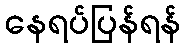
နေရပ်ပြန်ရန်